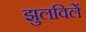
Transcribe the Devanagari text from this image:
झुलविलें